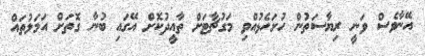
އޭނާވެސް ވަނީ ރިޔާސަތުން ހުށަހެޅުއްވި މަގުޗާޓަށް ތާއީދުކޮށް އޭގައި ބުނާ ގޮތަށް އަމަލުތައް